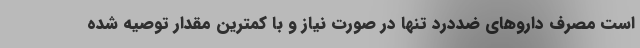
است مصرف داروهای ضددرد تنها در صورت نیاز و با کمترین مقدار توصیه شده